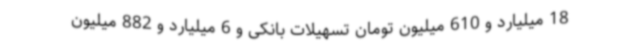
18 میلیارد و 610 میلیون تومان تسهیلات بانکی و 6 میلیارد و 882 میلیون